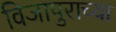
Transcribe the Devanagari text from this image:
विजापुराच्या